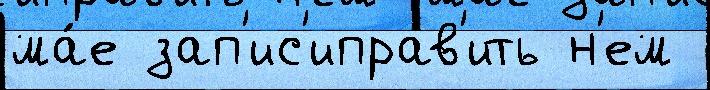
ма́е зап'ис'иправ'ить н'ем